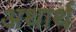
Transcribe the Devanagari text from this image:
अथार्थ